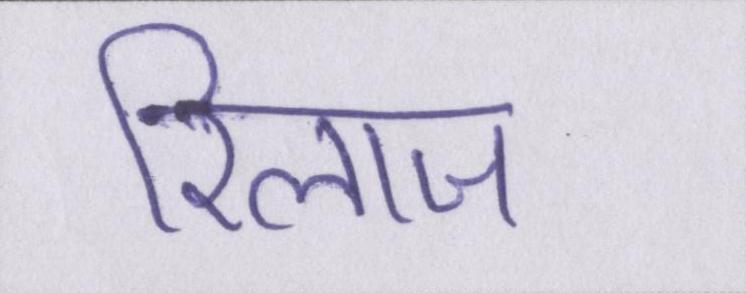
रिलाज